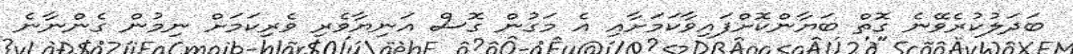
ބަދަލުކުރެވޭނެ ގޮތް ބަޔާންކޮށްފައިވާކަމަށާއި އެ މަގުން ގޮސް އަނިޔާވެރި ވެރިކަމަށް ނިމުން ގެންނާނެ